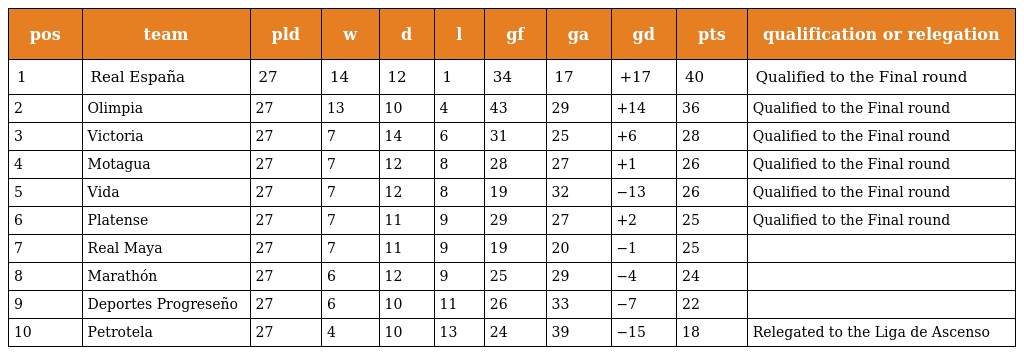
| pos | team | pld | w | d | l | gf | ga | gd | pts | qualification or relegation |
 | --- | --- | --- | --- | --- | --- | --- | --- | --- | --- | --- |
 | 1 | Real España | 27 | 14 | 12 | 1 | 34 | 17 | +17 | 40 | Qualified to the Final round |
 | 2 | Olimpia | 27 | 13 | 10 | 4 | 43 | 29 | +14 | 36 | Qualified to the Final round |
 | 3 | Victoria | 27 | 7 | 14 | 6 | 31 | 25 | +6 | 28 | Qualified to the Final round |
 | 4 | Motagua | 27 | 7 | 12 | 8 | 28 | 27 | +1 | 26 | Qualified to the Final round |
 | 5 | Vida | 27 | 7 | 12 | 8 | 19 | 32 | −13 | 26 | Qualified to the Final round |
 | 6 | Platense | 27 | 7 | 11 | 9 | 29 | 27 | +2 | 25 | Qualified to the Final round |
 | 7 | Real Maya | 27 | 7 | 11 | 9 | 19 | 20 | −1 | 25 |  |
 | 8 | Marathón | 27 | 6 | 12 | 9 | 25 | 29 | −4 | 24 |  |
 | 9 | Deportes Progreseño | 27 | 6 | 10 | 11 | 26 | 33 | −7 | 22 |  |
 | 10 | Petrotela | 27 | 4 | 10 | 13 | 24 | 39 | −15 | 18 | Relegated to the Liga de Ascenso |